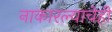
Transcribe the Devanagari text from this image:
नाकारल्याचेही